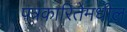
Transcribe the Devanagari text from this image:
पत्रकारितेमधील